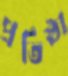
প্রতিষ্ঠা